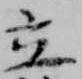
立